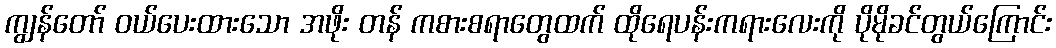
ကျွန်တော် ဝယ်ပေးထားသော အဖိုး တန် ကစားစရာတွေထက် ထိုရေပန်းကရားလေးကို ပိုမိုခင်တွယ်ကြောင်း